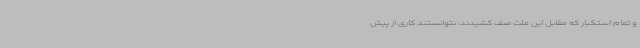
و تمام استکبار که مقابل این ملت صف کشیدند، نتوانستند کاری از پیش